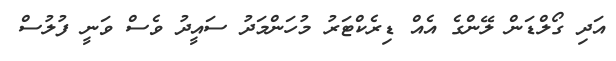
އަދި ގޯލްޑަން ލޭންގެ އެއް ޑިރެކްޓަރު މުހަންމަދު ސައީދު ވެސް ވަނީ ފުލުސް